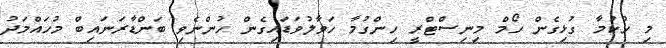
މި ހުކުމާ ގުޅިގެން ހޯމް މިނިސްޓްރީ ހިންގުމާ ހަވާލުވަޑައިގެން ހުންނެވި ބަންޑާރަނައިބް މުހައްމަދު